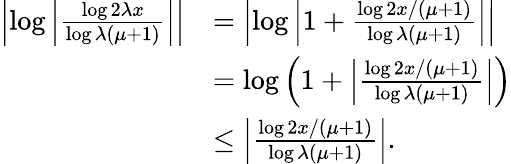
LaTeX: \begin{array}{rl}{\left|\log\left|\frac{\log{2\lambda x}}{\log{\lambda(\mu+1)}}\right|\right|}&{=\left|\log\left|1+\frac{\log{2x/(\mu+1)}}{\log{\lambda(\mu+1)}}\right|\right|}\\ &{=\log\left(1+\left|\frac{\log{2x/(\mu+1)}}{\log{\lambda(\mu+1)}}\right|\right)}\\ &{\le\left|\frac{\log{2x/(\mu+1)}}{\log{\lambda(\mu+1)}}\right|.}\end{array}